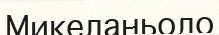
Микеланьоло